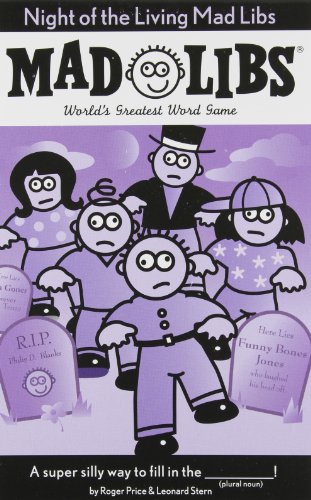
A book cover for Night of the Living Mad Libs; Roger Price; Children's Books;